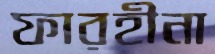
ফারহীনা